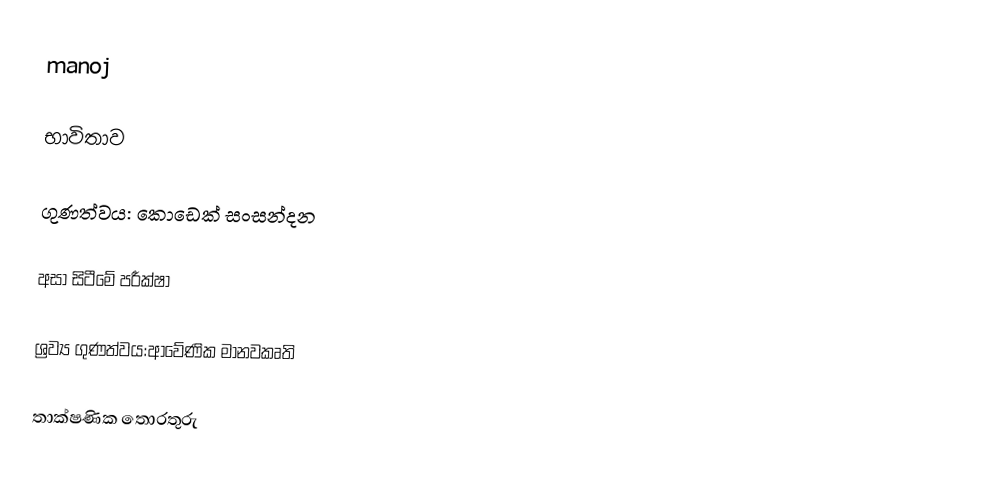
manoj

භාවිතාව

ගුණත්වය: කොඩෙක් සංසන්දන

අසා සිටීමේ පරීක්ෂා

ශ්‍රව්‍ය ගුණත්වය:ආවේණික මානවකෘති

තාක්ෂණික තොරතුරු